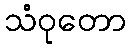
သံဝုတော